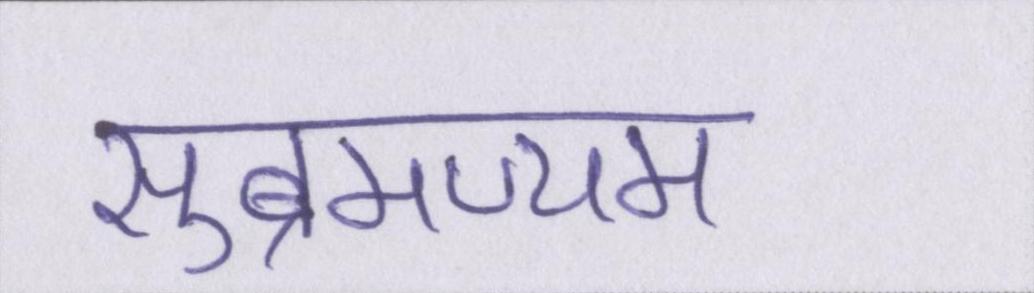
सुब्रमण्यम